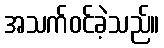
အသက်ဝင်ခဲ့သည်။